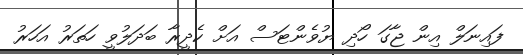
ފައިނަލް އިން ޖާގަ ހޯދި ޔުވެންޓަސް އަށް ކެދީރާ ބަދަލުވީ ހަތަރު އަހަރު